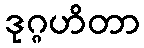
ဒုဂ္ဂဟိတာ